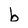
Character: b